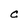
Character: C